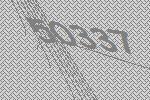
50337